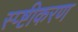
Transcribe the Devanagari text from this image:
स्प्ष्टीकरण